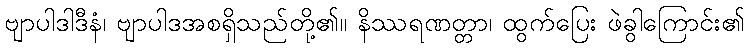
ဗျာပါဒါဒီနံ၊ ဗျာပါဒအစရှိသည်တို့၏။ နိဿရဏတ္တာ၊ ထွက်ပြေး ဖဲခွါကြောင်း၏